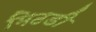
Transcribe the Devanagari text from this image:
मिठडी